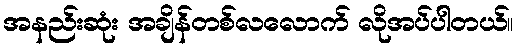
အနည်းဆုံး အချိန်တစ်လလောက် လိုအပ်ပါတယ်။